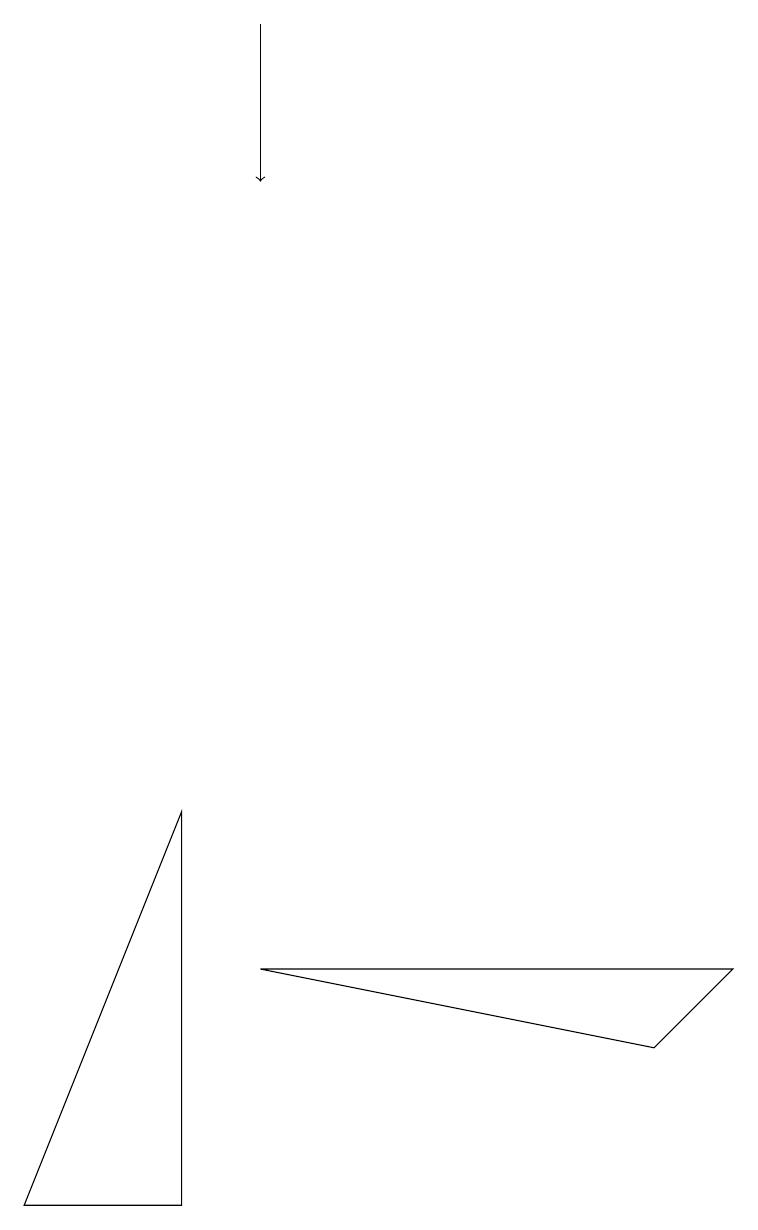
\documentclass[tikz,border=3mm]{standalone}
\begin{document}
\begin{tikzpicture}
\draw (8,4) -- (9,5) -- (3,5) -- cycle;
\draw[->] (3,17) -- (3,15);
\draw (0,2) -- (2,2) -- (2,7) -- cycle;
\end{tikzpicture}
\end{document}